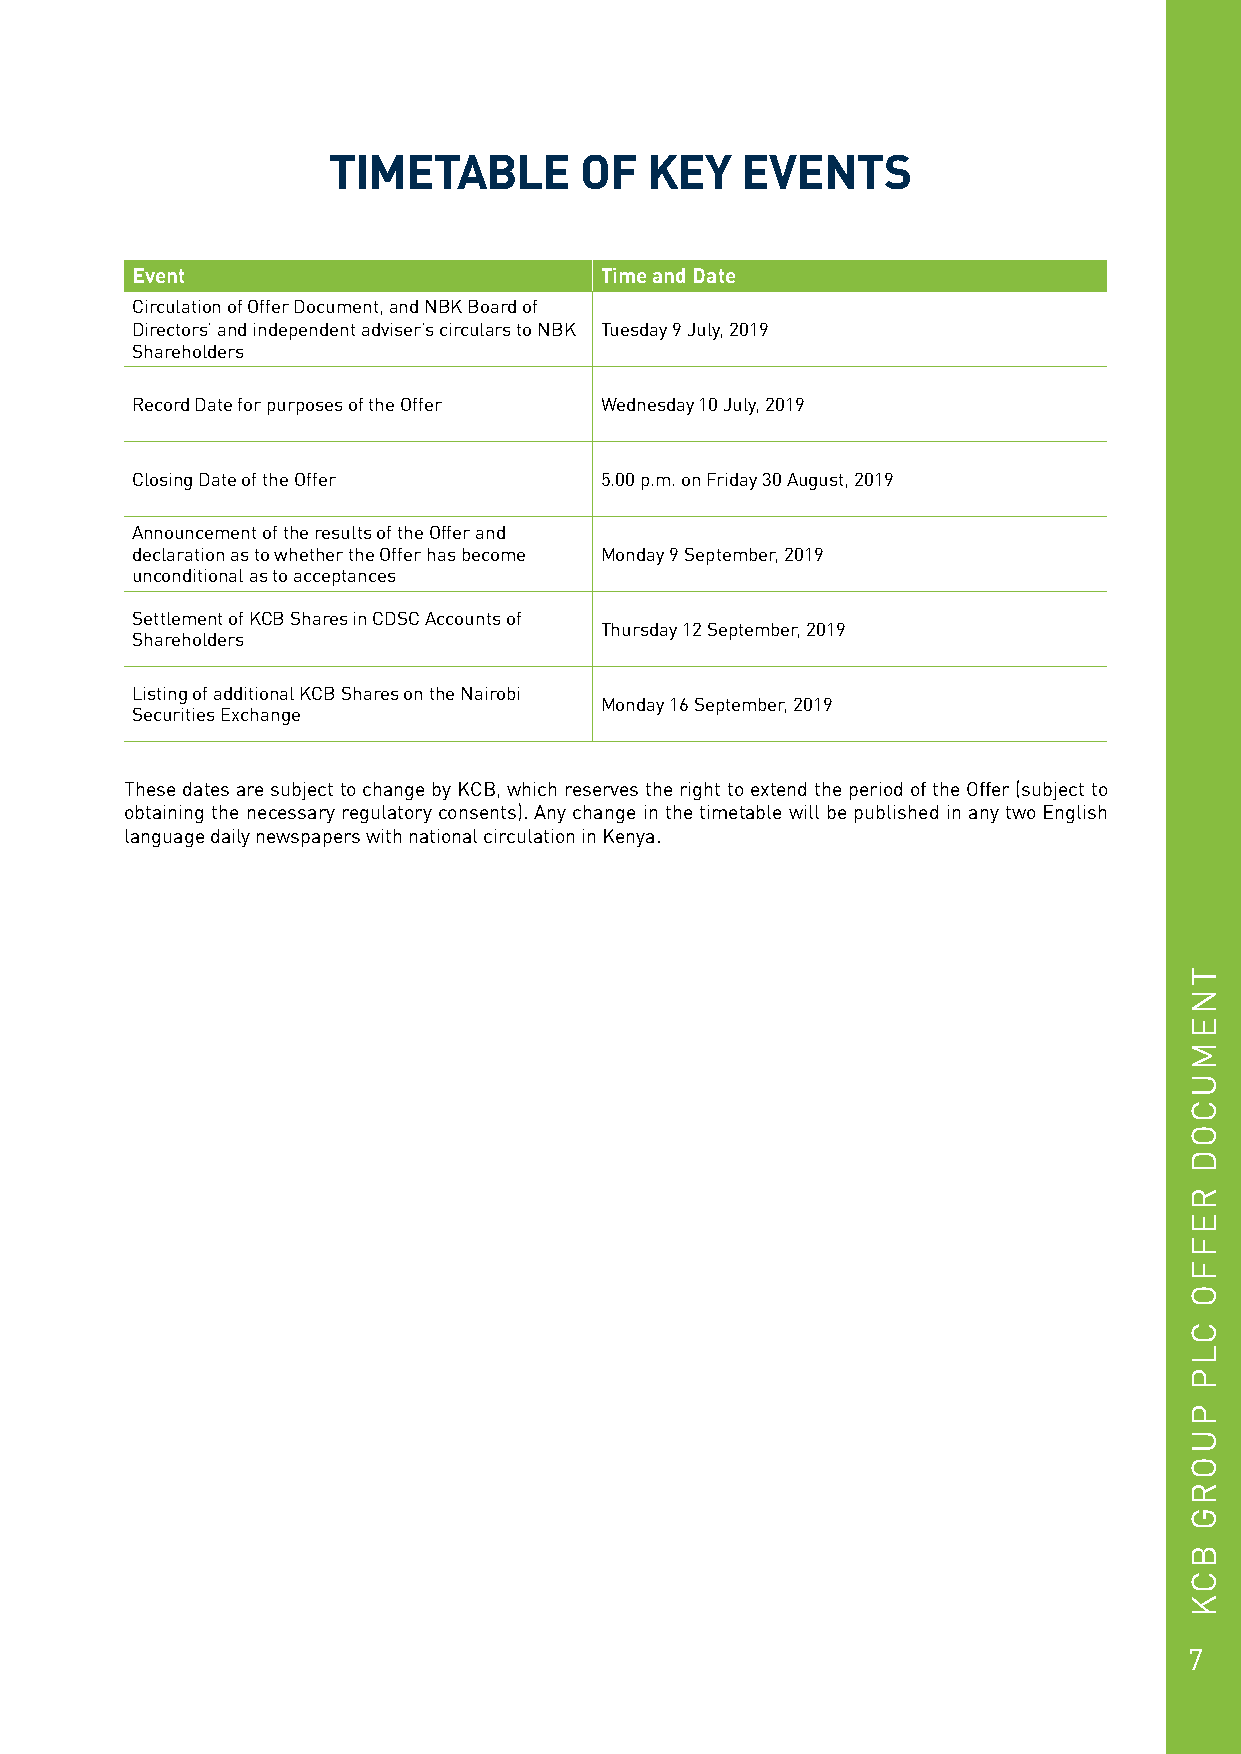
TIMETABLE       OF   KEY   EVENTS
 Event                          Time and Date
 Circulation of Offer Document, and NBK Board of
 Directors’ and independent adviser’s circulars to NBK Tuesday 9 July, 2019
 Shareholders
 Record Date for purposes of the Offer Wednesday 10 July, 2019
 Closing Date of the Offer      5.00 p.m. on Friday 30 August, 2019
 Announcement of the results of the Offer and
 declaration as to whether the Offer has become Monday 9 September, 2019
 unconditional as to acceptances
 Settlement of KCB Shares in CDSC Accounts of
 Thursday 12 September, 2019
 Shareholders
 Listing of additional KCB Shares on the Nairobi
 Monday 16 September, 2019
 Securities Exchange
 These dates are subject to change by KCB, which reserves the right to extend the period of the Offer (subject to
 obtaining the necessary regulatory consents). Any change in the timetable will be published in any two English
 language daily newspapers with national circulation in Kenya.
 7
 TNEMUCOD
 REFFO
 CLP
 PUORG
 BCK